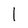
Character: l